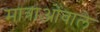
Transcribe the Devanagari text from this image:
मात्राओंवाले